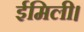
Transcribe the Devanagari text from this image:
ईमिली।